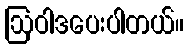
ဩဝါဒပေးပါတယ်။